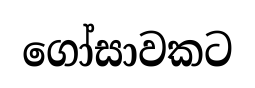
ගෝසාවකට